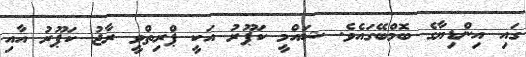
ގައި އިންޑިޔާގެ ބޮމްބޭގައެވެ. ޝައްމީ ކަޕޫރު އަކީ ޕްރިތްވީ ރާޖު ކަޕޫރު އާއި